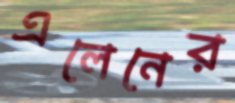
এলেনের